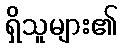
ရှိသူများ၏